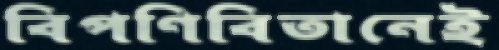
বিপণিবিতানেই